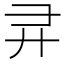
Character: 𫸖